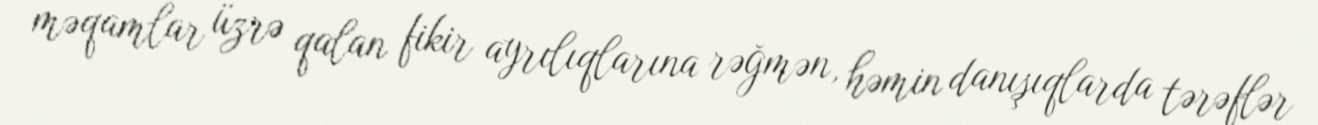
məqamlar üzrə qalan fikir ayrılıqlarına rəğmən, həmin danışıqlarda tərəflər